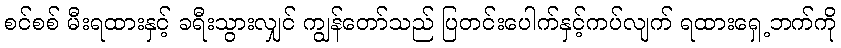
စင်စစ် မီးရထားနှင့် ခရီးသွားလျှင် ကျွန်တော်သည် ပြတင်းပေါက်နှင့်ကပ်လျက် ရထားရှေ့ဘက်ကို